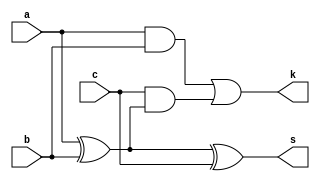
module bit_adder(
    input a,
    input b,
    input c,
    output s,
    output k
    );

assign s = a ^ b ^ c;
assign k = (a & b) | (c & (a ^ b));

endmodule